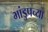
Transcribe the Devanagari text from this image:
भांडुपच्या